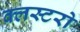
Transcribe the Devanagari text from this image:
क्लस्टरो